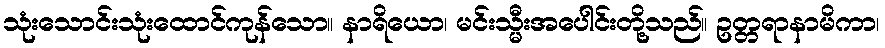
သုံးသောင်းသုံးထောင်ကုန်သော။ နာရိယော၊ မင်းသ္မီးအပေါင်းတို့သည်။ ဥတ္တရာနာမိကာ၊